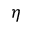
\eta